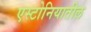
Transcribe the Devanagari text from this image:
एस्टोनियातील